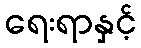
ရေးရာနှင့်